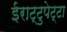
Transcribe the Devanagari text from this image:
ईराट्टुपेट्टा